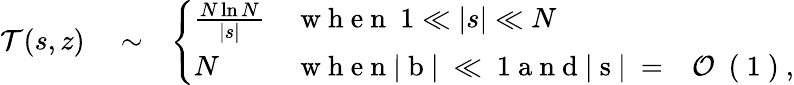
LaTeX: \begin{array}{rlr}{{\cal T}(s,z)}&{{}\sim}&{\left\{ \begin{array}{ll}{\frac{N\ln{N}}{|s|}}&{\mathrm{~w~h~e~n~}~1\ll|s|\ll N}\\ {N}&{\mathrm{~w~h~e~n~|~b~|~\ll~1~a~n~d~|~s~|~=~{~\cal~O~}~(~1~)~},}\end{array}\right.}\end{array}